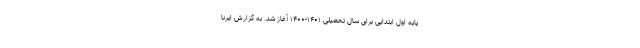
پایه اول ابتدایی برای سال تحصیلی ۱۴۰۱-۱۴۰۰ آغاز شد. به گزارش ایرنا